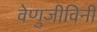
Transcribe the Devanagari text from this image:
वेणुजीविनी